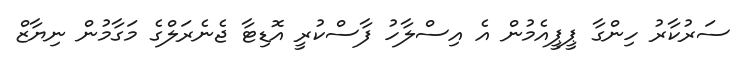
ސަރުކާރު ހިންގާ ޕީޕީއެމުން އެ އިސްލާހު ފާސްކުރީ އޮޑިޓާ ޖެނެރަލްގެ މަގާމުން ނިޔާޒް